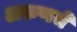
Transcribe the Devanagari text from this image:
अरुणचे